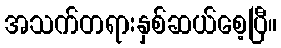
အသက်တရားနှစ်ဆယ်စေ့ပြီ။